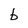
Character: b